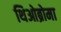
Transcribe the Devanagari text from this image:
थिओब्रोमा